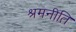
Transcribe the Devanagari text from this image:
श्रमनीति